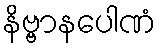
နိဗ္ဗာနပေါဏံ